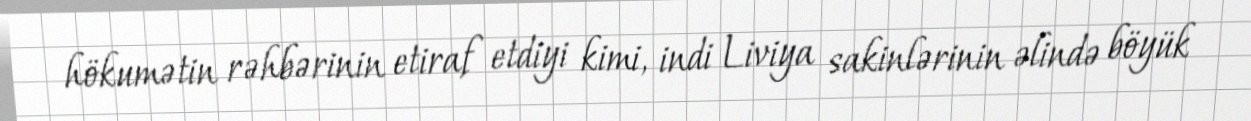
hökumətin rəhbərinin etiraf etdiyi kimi, indi Liviya sakinlərinin əlində böyük